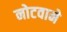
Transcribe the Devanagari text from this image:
नोटवाने